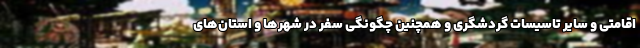
اقامتی و سایر تاسیسات گردشگری و همچنین چگونگی سفر در شهرها و استان‌های